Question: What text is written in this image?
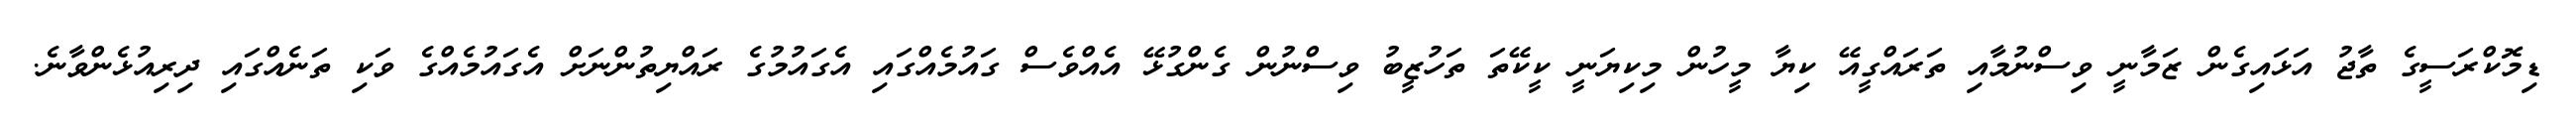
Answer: ޑިމޮކްރަސީގެ ތާޖު އަޅައިގެން ޒަމާނީ ވިސްނުމާއި ތަރައްގީއޭ ކިޔާ މީހުން މިކިޔަނީ ކީކޭތަ ތަހުޒީބު ވިސްނުން ގެންގުޅޭ އެއްވެސް ގައުމެއްގައި އެގައުމުގެ ރައްޔިތުންނަށް އެގައުމެއްގެ ވަކި ތަނެއްގައި ދިރިއުޅެންވާނެ.